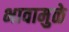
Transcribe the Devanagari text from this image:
भावामुळे